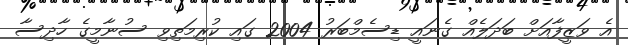
އެ ވަޒީފާއަށް ބަދަލެއް ގެނައީ ޑިސެމްބަރު 2004 ގައި ކުރިމަތިވި ސުނާމީގެ ހާދިސާ